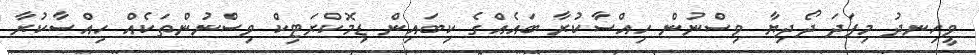
ވީހިނދު މިފަދަ ދޯދިޔާ ވިސްނުން ހިއްސާކުރާ ބައެއްގެ ކިބައިން ޑިމޮކްރަޓިކް ވިސްނުންތަކެއް ހިއްސާކުރާ